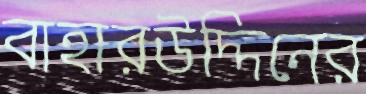
বাহারউদ্দিনের